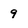
Character: 9